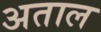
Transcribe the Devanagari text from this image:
अताल